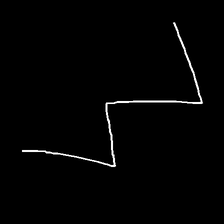
Glyph: crush